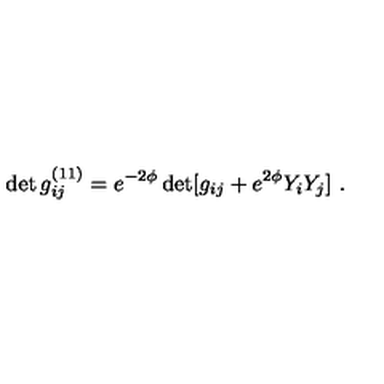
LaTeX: \det g _ { i j } ^ { ( 1 1 ) } = e ^ { - 2 \phi } \det [ g _ { i j } + e ^ { 2 \phi } Y _ { i } Y _ { j } ] \ .